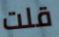
قلت